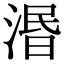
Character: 湣